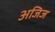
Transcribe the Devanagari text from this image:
अजिज